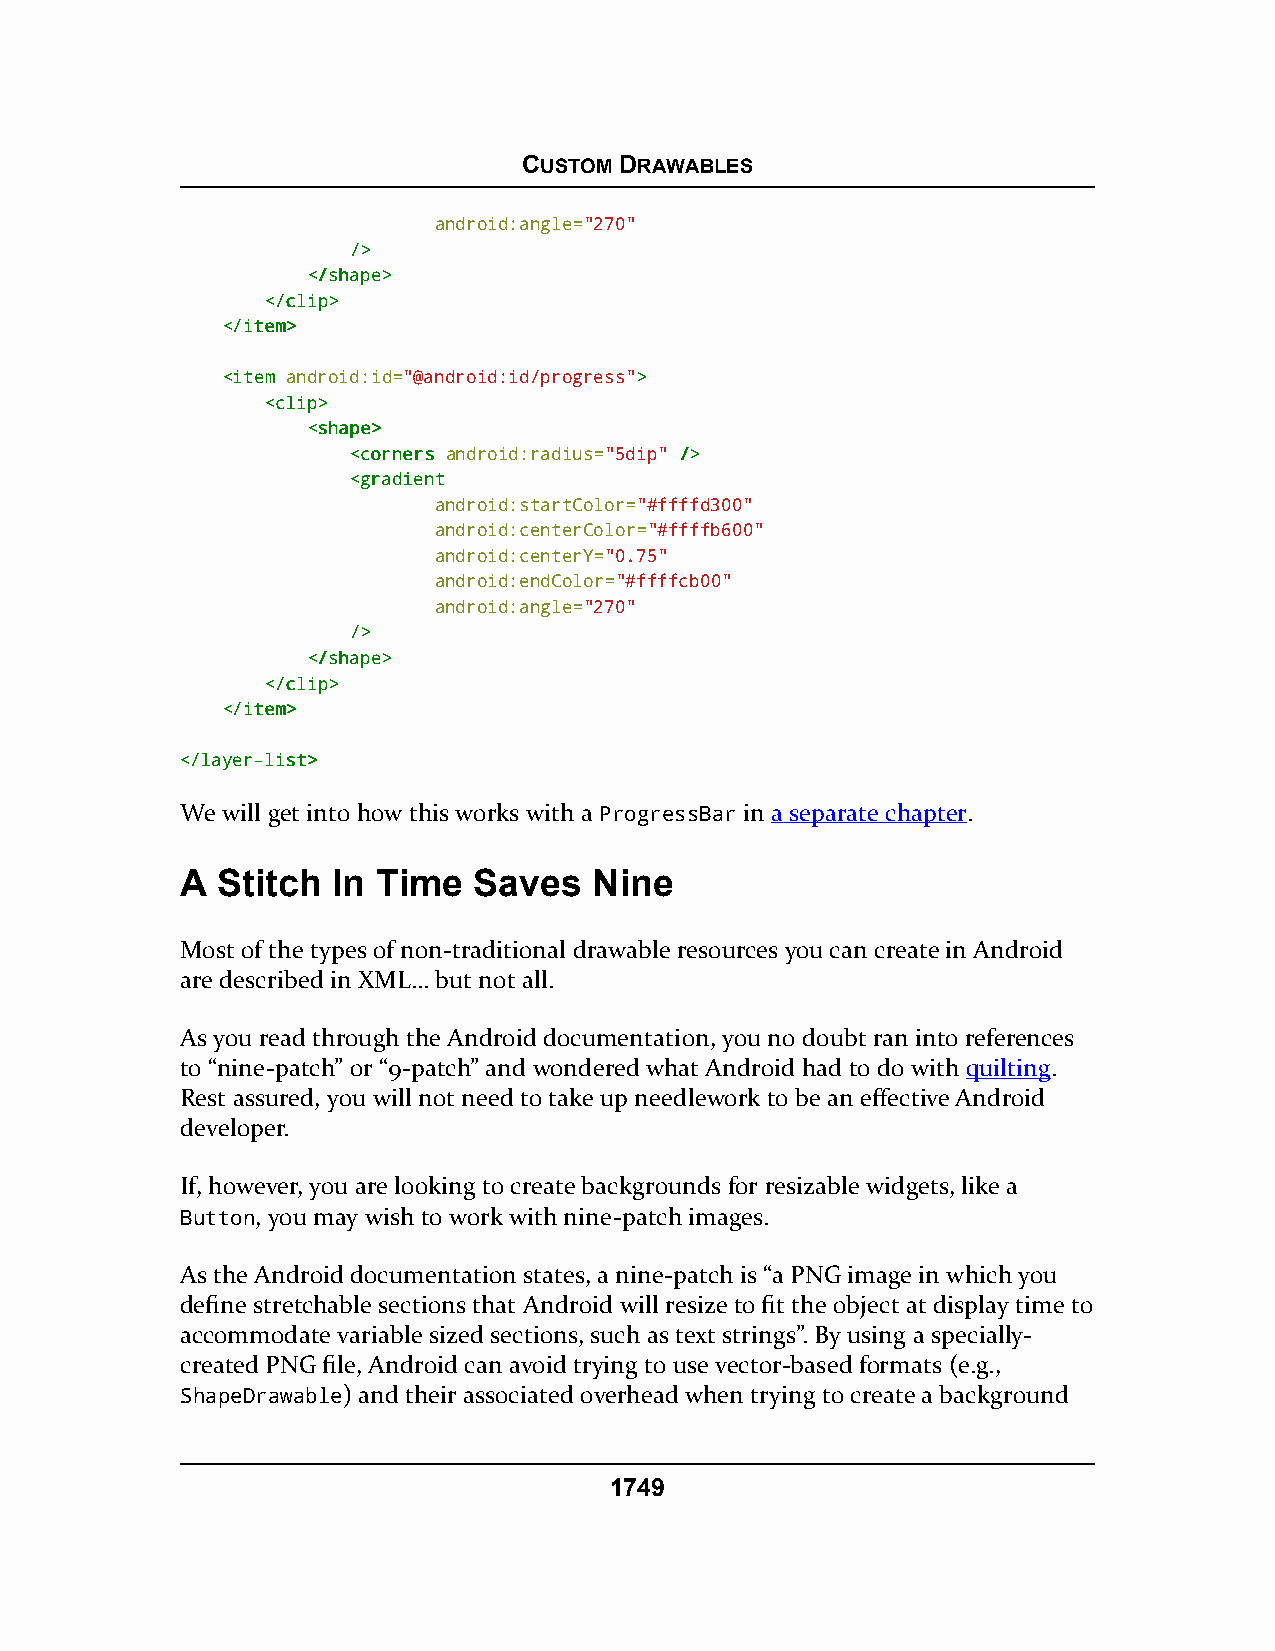
CUSTOM DRAWABLES
 android:angle="270"
 //>>
 <<//sshhaappee>>
 <<//cclliipp>>
 <<//iitteemm>>
 <<iitteemm android:id="@android:id/progress">>
 <<cclliipp>>
 <<sshhaappee>>
 <<ccoorrnneerrss android:radius="5dip" //>>
 <<ggrraaddiieenntt
 android:startColor="#ffffd300"
 android:centerColor="#ffffb600"
 android:centerY="0.75"
 android:endColor="#ffffcb00"
 android:angle="270"
 //>>
 <<//sshhaappee>>
 <<//cclliipp>>
 <<//iitteemm>>
 <<//llaayyeerr--lliisstt>>
 We will get into how this works with a ProgressBar in a separate chapter.
 A Stitch  In Time  Saves   Nine
 Most of the types of non-traditional drawable resources you can create in Android
 are described in XML… but not all.
 As you read through the Android documentation, you no doubt ran into references
 to “nine-patch” or “9-patch” and wondered what Android had to do with quilting.
 Rest assured, you will not need to take up needlework to be an effective Android
 developer.
 If, however, you are looking to create backgrounds for resizable widgets, like a
 Button, you may wish to work with nine-patch images.
 As the Android documentation states, a nine-patch is “a PNG image in which you
 define stretchable sections that Android will resize to fit the object at display time to
 accommodate variable sized sections, such as text strings”. By using a specially-
 created PNG file, Android can avoid trying to use vector-based formats (e.g.,
 ShapeDrawable) and their associated overhead when trying to create a background
 1749